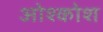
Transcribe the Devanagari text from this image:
ओश्कोश